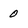
Character: 0